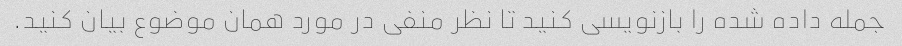
جمله داده شده را بازنویسی کنید تا نظر منفی در مورد همان موضوع بیان کنید.